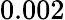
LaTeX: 0.002